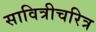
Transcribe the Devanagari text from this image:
सावित्रीचरित्र